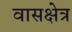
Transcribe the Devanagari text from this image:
वासक्षेत्र